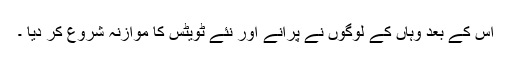
اس کے بعد وہاں کے لوگوں نے پرانے اور نئے ٹویٹس کا موازنہ شروع کر دیا ۔